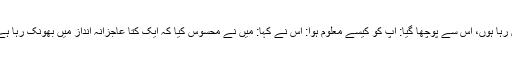
اِیاس ایک رات پانی پر گیا اور کہا: میں اجنبی کتے کی آواز سن رہا ہوں، اُس سے پوچھا گیا: آپ کو کیسے معلوم ہوا: اُس نے کہا: میں نے محسوس کیا کہ ایک کتا عاجزانہ انداز میں بھونک رہا ہے اور دوسرے کتے اس پر غضبناک انداز میں بھونک رہے ہیں۔